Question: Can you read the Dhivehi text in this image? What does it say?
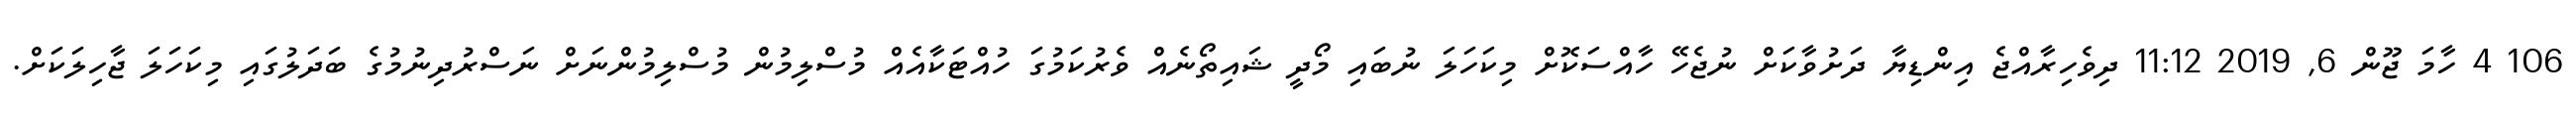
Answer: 106 4 ހާމަ ޖޫން 6, 2019 11:12 ދިވެހިރާއްޖެ އިންޑިޔާ ދަށުވާކަށް ނުޖެހޭ ހާއްސަކޮށް މިކަހަލަ ނުބައި މޯދީ ޝައިތޯނެއް ވެރުކަމުގަ ހުއްޓަކާއެއް މުސްލިމުން މުސްލިމުންނަށް ނަސްރުދިނުމުގެ ބަދަލުގައި މިކަހަލަ ޖާހިލަކަށް.